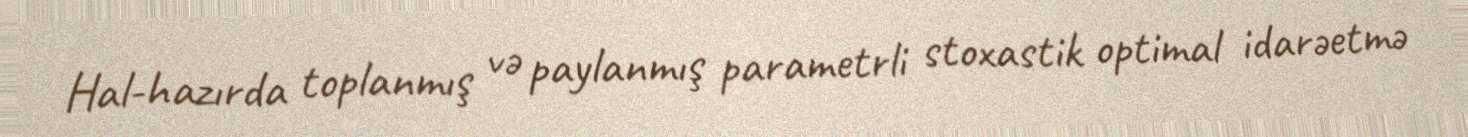
Hal-hazırda toplanmış və paylanmış parametrli stoxastik optimal idarəetmə